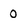
Character: 0